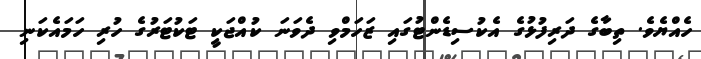
ހެއްޔެވެ. ތިބާގެ ދަރިފުޅުގެ އެކުސިޑެންޓުގައި ޒަހަމްވި ދެވަނަ ކުއްޖަކީ ޓަކުޓަރުގެ ހުރި ހަމައެކަނި